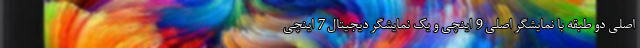
اصلی دو طبقه با نمایشگر اصلی 9 اینچی و یک نمایشگر دیجیتال 7 اینچی